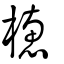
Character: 橞